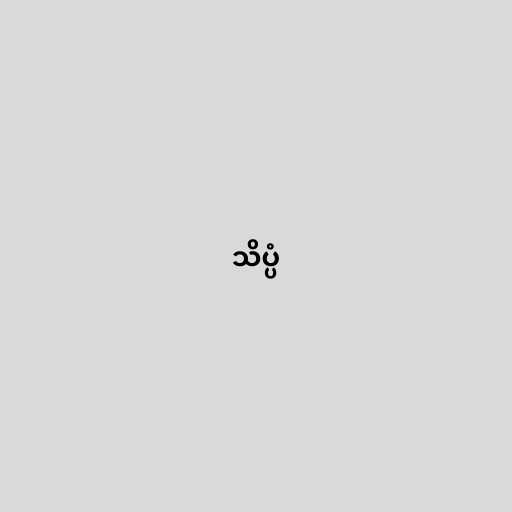
သိပ္ပံ